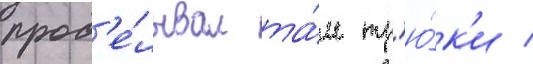
прод'е́лывал та́м тр'ю́к'и /